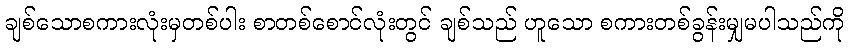
ချစ်သောစကားလုံးမှတစ်ပါး စာတစ်စောင်လုံးတွင် ချစ်သည် ဟူသော စကားတစ်ခွန်းမျှမပါသည်ကို